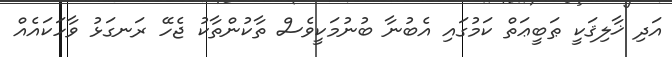
އަދި ޚާލިޤަކީ ޠަބީޢަތް ކަމުގައި އެބުނާ ބުނުމަކީވެސް ތާކުންތާކު ޖެހޭ ރަނގަޅު ވާހަކައެއް